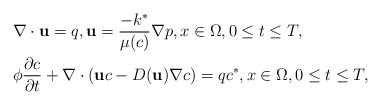
\begin{align*}\begin{aligned}&\nabla\cdot \mathbf{u} = q,\mathbf{u}=\frac{-k^{\ast}}{\mu(c)}\nabla p,x\in \Omega,0 \le t \leq T, \\&\phi\frac{\partial c}{\partial t}+\nabla\cdot(\mathbf{u}c-D(\mathbf{u})\nabla c)=qc^{\ast},x\in \Omega,0 \le t \leq T,\end{aligned}\end{align*}